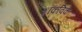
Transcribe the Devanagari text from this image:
शॉकविक